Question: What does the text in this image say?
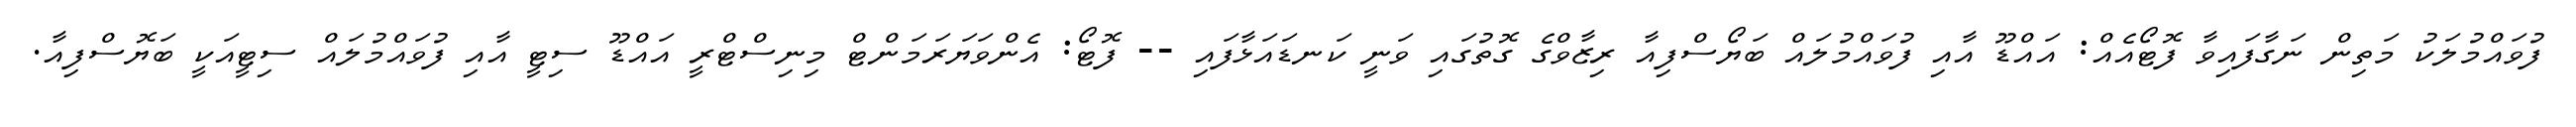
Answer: ފުވައްމުލަކު މަތިން ނަގާފައިވާ ފޮޓޯއެއް: އައްޑޫ އާއި ފުވައްމުލައް ބަޔޯސްފިއާ ރިޒާވްގެ ގޮތުގައި ވަނީ ކަނޑައަޅާފައި -- ފޮޓޯ: އެންވަޔަރަމަންޓް މިނިސްޓްރީ އައްޑޫ ސިޓީ އާއި ފުވައްމުލައް ސިޓީއަކީ ބަޔޮސްފިއާ.